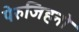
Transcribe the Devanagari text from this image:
पेरुजिहनो